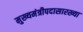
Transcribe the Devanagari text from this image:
मुख्यमंत्रीपदासारख्या